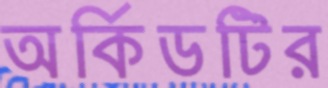
অর্কিডটির